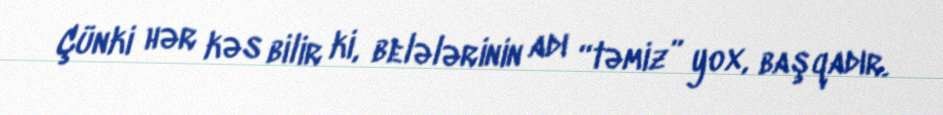
Çünki hər kəs bilir ki, belələrinin adı “təmiz” yox, başqadır.